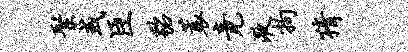
聚或臣貂蓑竟液拘猜